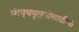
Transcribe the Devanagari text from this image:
शिष्यवृत्तीसाठीची